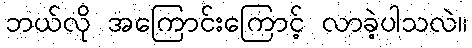
ဘယ်လို အကြောင်းကြောင့် လာခဲ့ပါသလဲ။